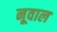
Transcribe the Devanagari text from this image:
नूवाल